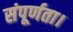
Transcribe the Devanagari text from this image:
संपूर्णता।